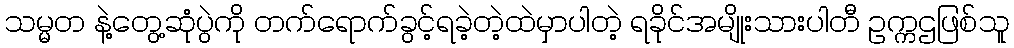
သမ္မတ နဲ့တွေ့ဆုံပွဲကို တက်ရောက်ခွင့်ရခဲ့တဲ့ထဲမှာပါတဲ့ ရခိုင်အမျိုးသားပါတီ ဥက္ကဌဖြစ်သူ